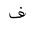
Letter: _fa